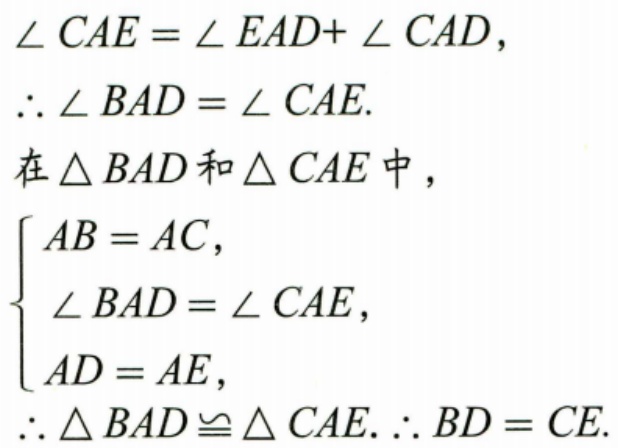
$\angle CAE=\angle EAD + \angle CAD,$
$\therefore \angle BAD=\angle CAE.$
在$\triangle BAD$和$\triangle CAE$中，
$\begin{cases}
AB = AC,\\
\angle BAD=\angle CAE,\\
AD = AE,
\end{cases}$
$\therefore \triangle BAD\cong\triangle CAE.\therefore BD = CE.$